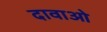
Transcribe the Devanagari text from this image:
दावाओ